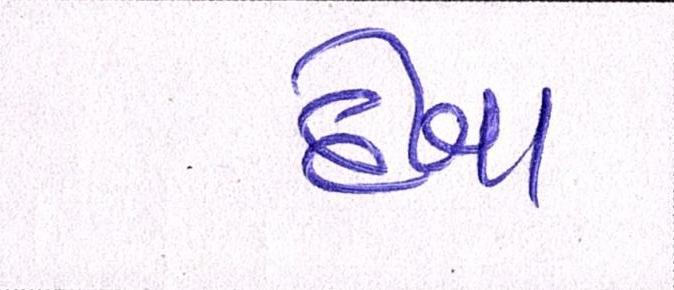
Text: દેખા